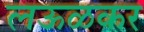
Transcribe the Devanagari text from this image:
लऊळकर